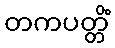
တကပတ္တိံ